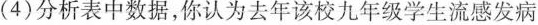
(4)分析表中数据，你认为去年该校九年级学生流感发病